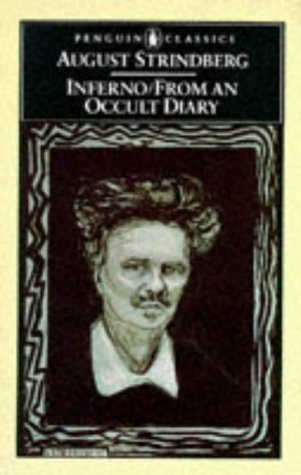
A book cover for Inferno / From an Occult Diary; August Strindberg; Biographies & Memoirs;